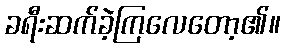
ခရီးဆက်ခဲ့ကြလေတော့၏။